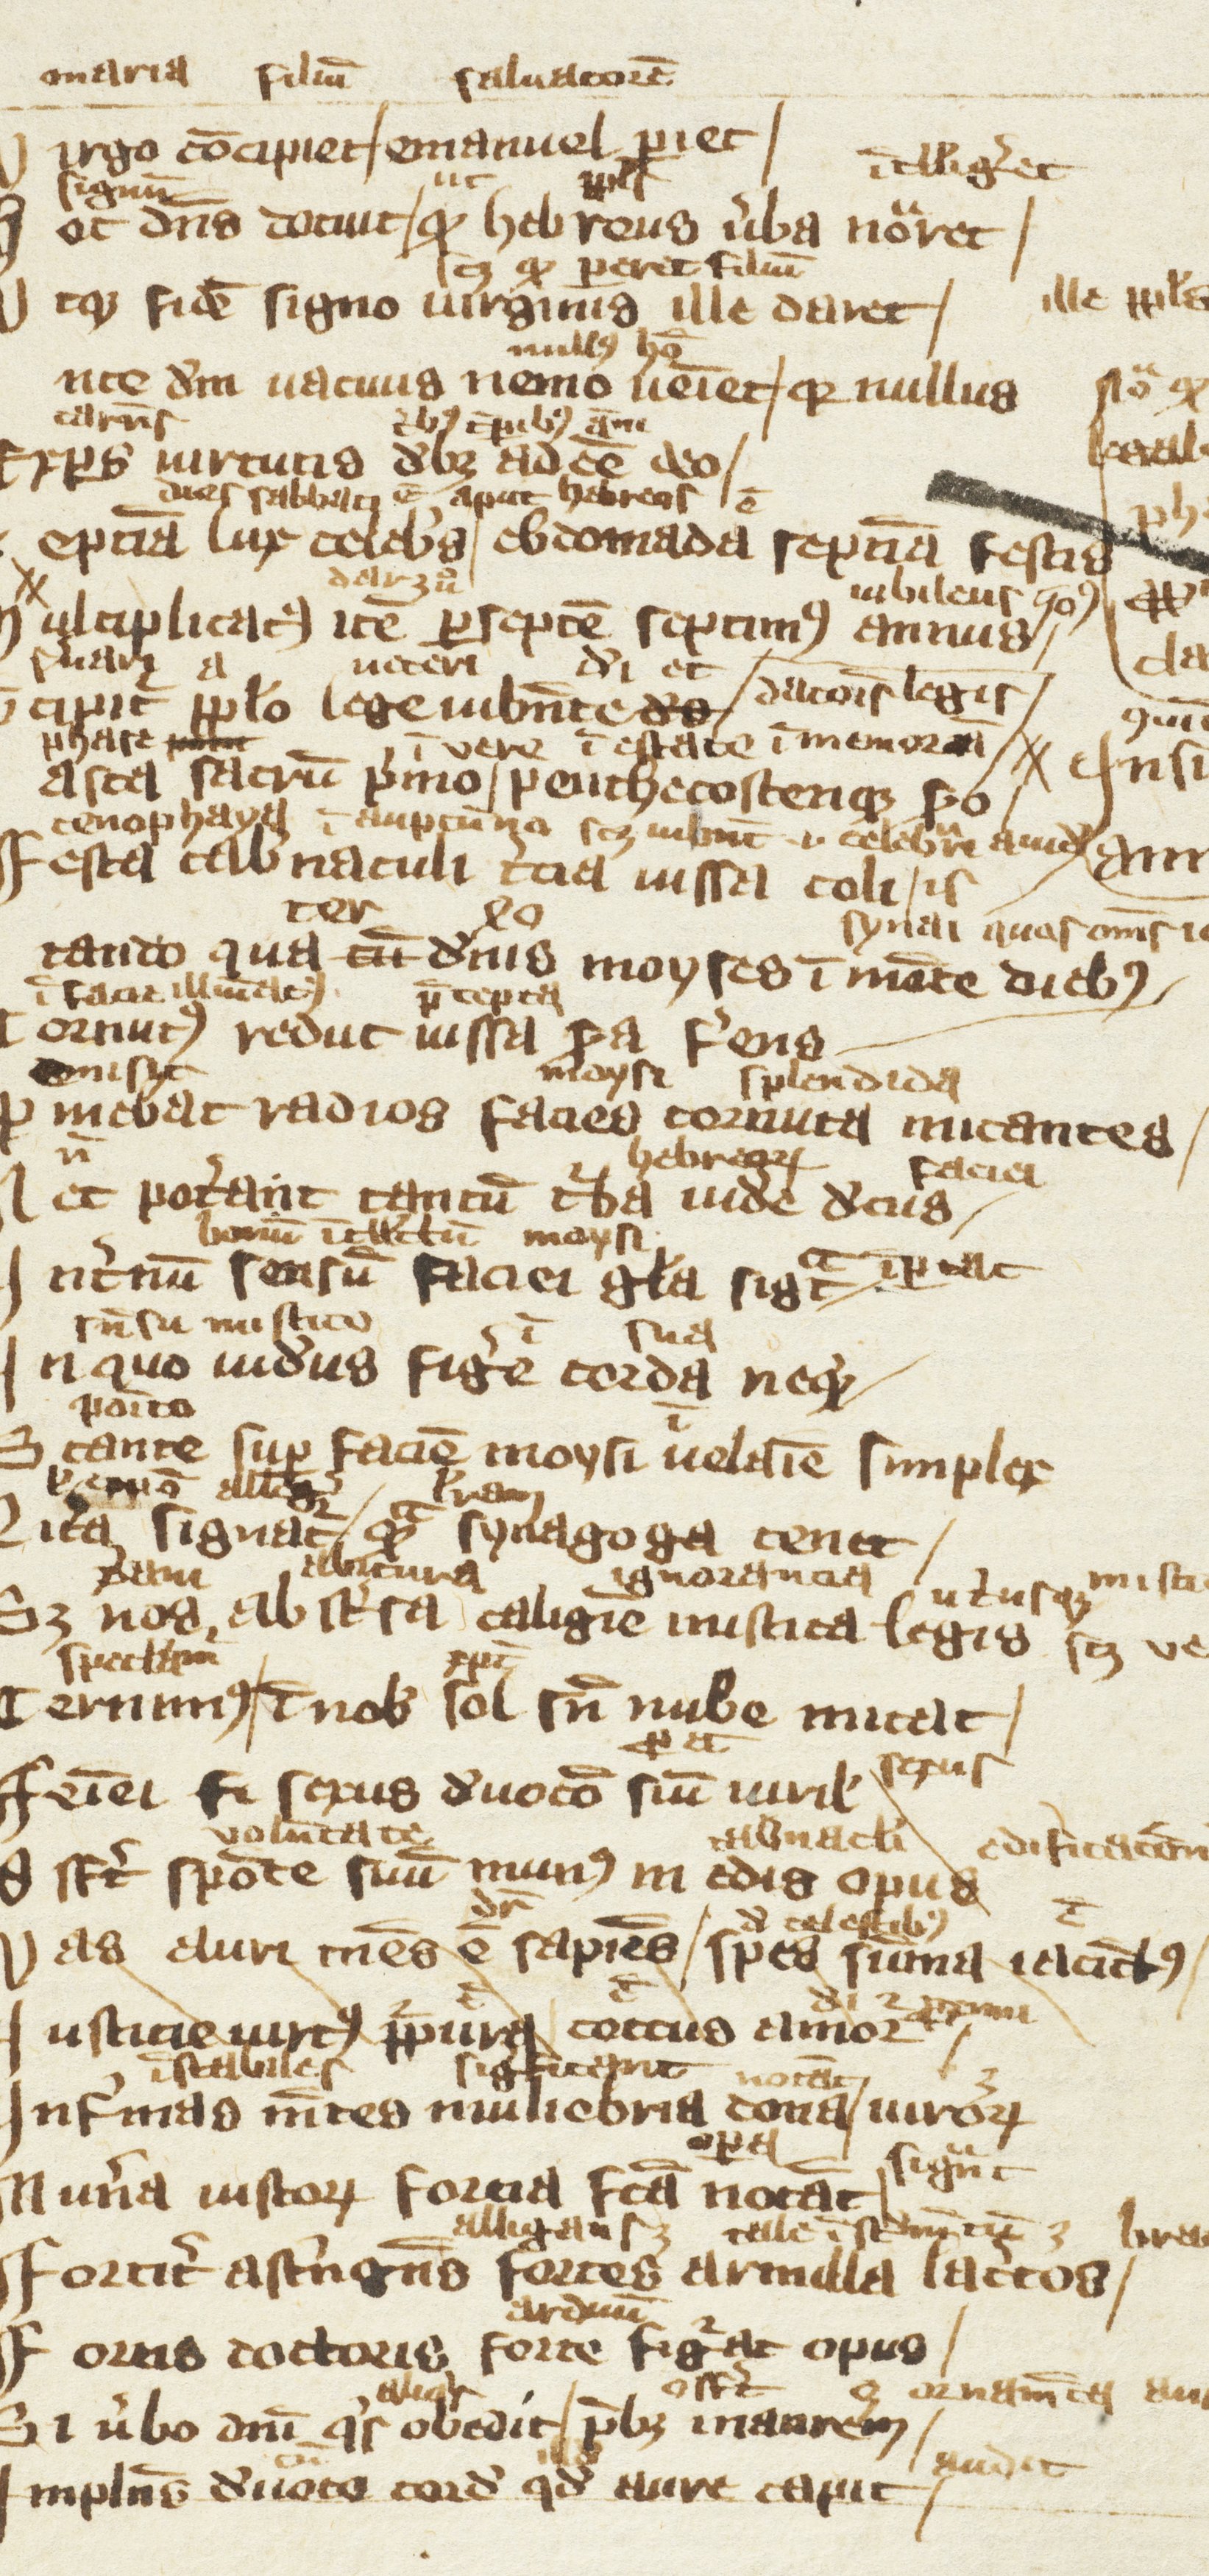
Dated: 1300–1399